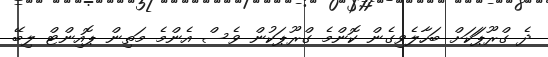
ދެ ގްރޫޕަަކަށް ބަހާލެވިގެން ކޮންމެ ގްރޫޕަކުން ވެސް އެންމެ މަތިން ޕޮއިންޓް ލިބޭ